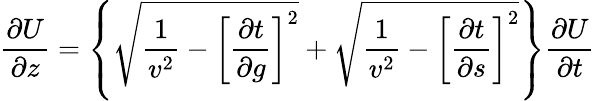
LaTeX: \frac{\partial U}{\partial z}=\left\{ \sqrt{\frac{1}{v^{2}}-\left[\frac{\partial t}{\partial g}\right]^{2}}+\sqrt{\frac{1}{v^{2}}-\left[\frac{\partial t}{\partial s}\right]^{2}}\right\} \frac{\partial U}{\partial t}